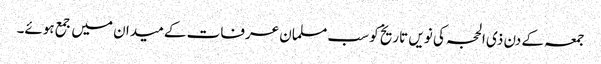
جمعہ کے دن ذی الحجہ کی نویں تاریخ کو سب مسلمان عرفات کے میدان میں جمع ہوئے۔